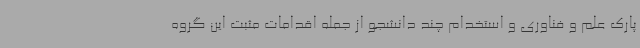
پارک علم و فناوری و استخدام چند دانشجو از جمله اقدامات مثبت این گروه